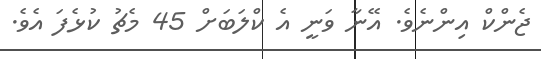
ޖެންކް އިންނެވެ. އޭނާ ވަނީ އެ ކްލަބަށް 45 މެޗު ކުޅެފަ އެވެ.